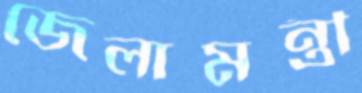
জেলামন্ত্রী